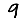
Digit: 9